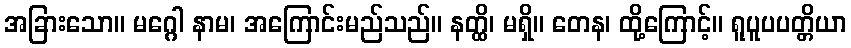
အခြားသော။ မဂ္ဂေါ နာမ၊ အကြောင်းမည်သည်။ နတ္ထိ၊ မရှိ။ တေန၊ ထို့ကြောင့်။ ရူပူပပတ္တိယာ